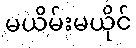
မယိမ်းမယိုင်